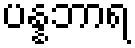
ပန္နဘာရ